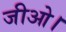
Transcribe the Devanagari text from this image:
जीओ।